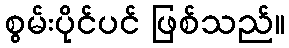
စွမ်းပိုင်ပင် ဖြစ်သည်။